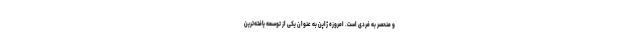
و منحصر به فردی است. امروزه ژاپن به عنوان یکی از توسعه یافته‌ترین